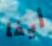
أيفا